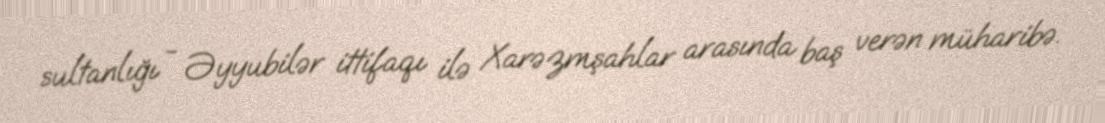
sultanlığı - Əyyubilər ittifaqı ilə Xarəzmşahlar arasında baş verən müharibə.